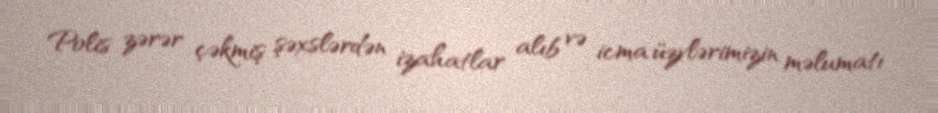
Polis zərər çəkmiş şəxslərdən izahatlar alıb və icma üzvlərimizin məlumatı